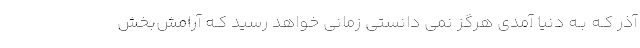
آذر کـه بـه دنیا آمدی هرگز نمی دانستي زمانی خواهد رسید کـه آرامش‌بخش